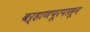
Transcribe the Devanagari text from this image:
बऱ्हाणपूरपासून